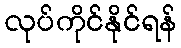
လုပ်ကိုင်နိုင်ရန်